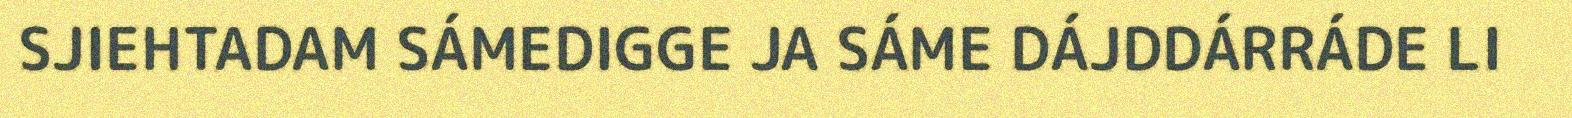
SJIEHTADAM SÁMEDIGGE JA SÁME DÁJDDÁRRÁDE LI